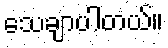
သေချာပါတယ်။